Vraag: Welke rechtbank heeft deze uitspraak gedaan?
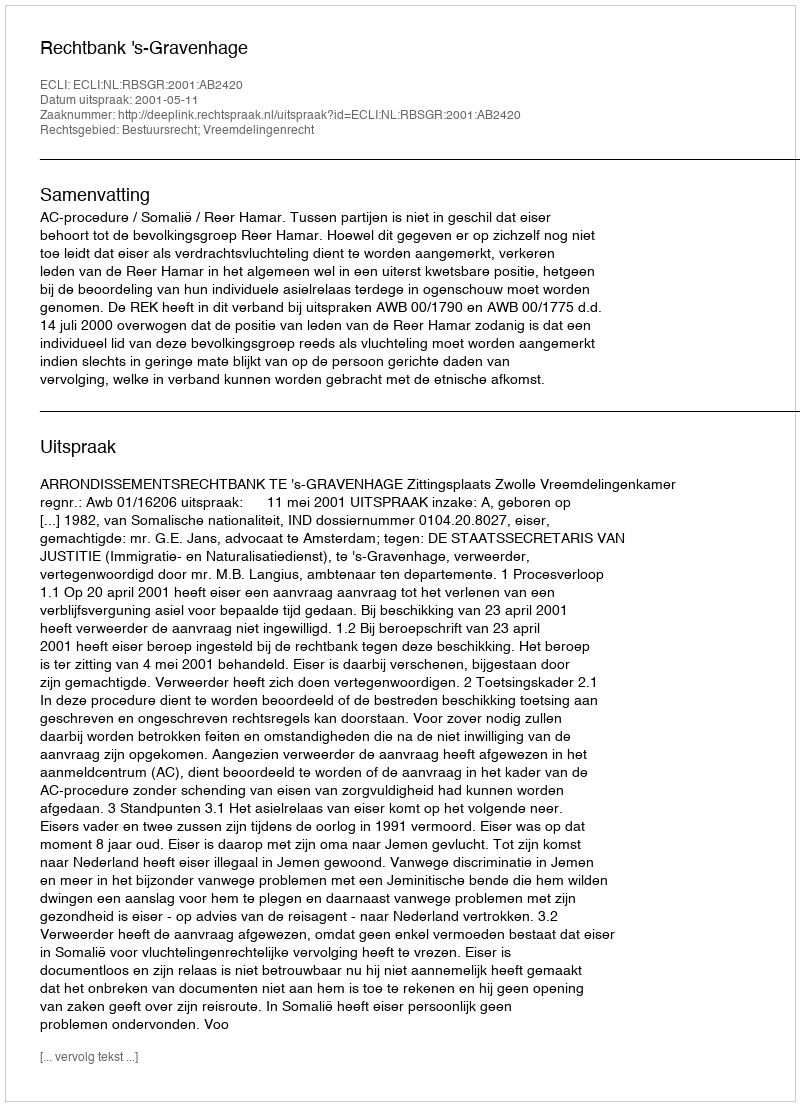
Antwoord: Rechtbank 's-Gravenhage